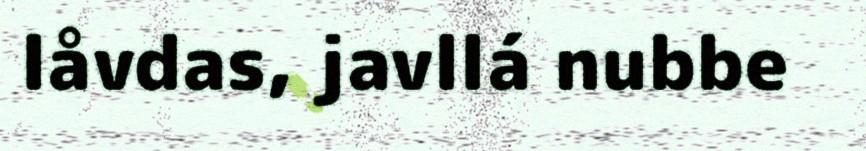
låvdas, javllá nubbe